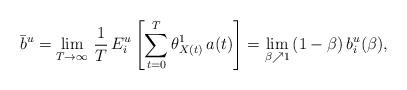
LaTeX: \begin{align*}\bar{b}^u = \lim_{T \to \infty} \, \frac{1}{T} \, E_i^u\left[\sum_{t=0}^T \theta_{X(t)}^1 \, a(t)\right]= \lim_{\beta \nearrow 1} \, (1-\beta) \, b_i^u(\beta),\end{align*}